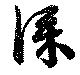
深